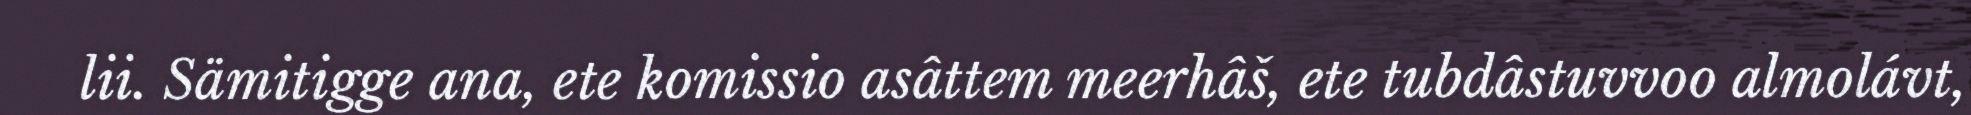
lii. Sämitigge ana, ete komissio asâttem meerhâš, ete tubdâstuvvoo almolávt,